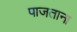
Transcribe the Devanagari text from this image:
पाजताना